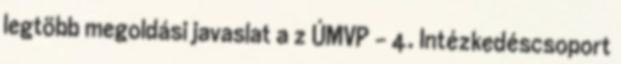
legtöbb megoldási javaslat a z ÚMVP - 4. Intézkedéscsoport